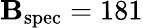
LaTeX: \mathbf{B}_{\mathrm{{spec}}}=181